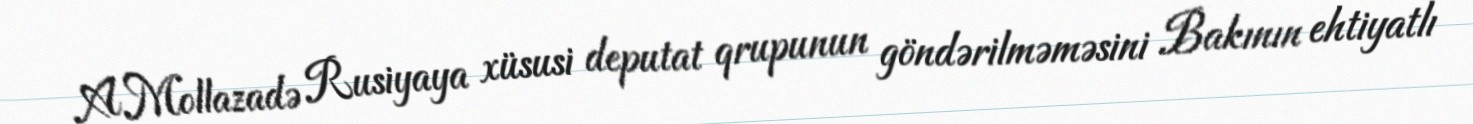
A.Mollazadə Rusiyaya xüsusi deputat qrupunun göndərilməməsini Bakının ehtiyatlı